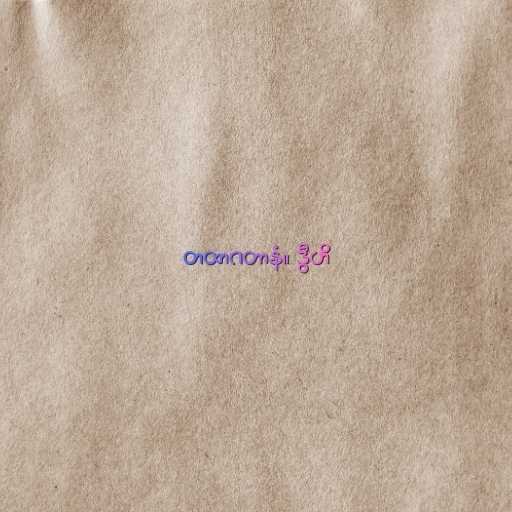
တထာဂတာနံ။ ဒွီဟိ